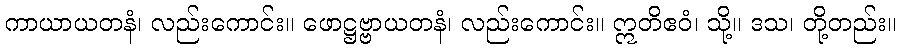
ကာယာယတနံ၊ လည်းကောင်း။ ဖောဋ္ဌဗ္ဗာယတနံ၊ လည်းကောင်း။ ဣတိဧဝံ၊ သို့။ ဒသ၊ တို့တည်း။